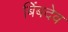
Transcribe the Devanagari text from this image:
बिंबदेव